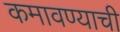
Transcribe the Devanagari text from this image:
कमावण्याची